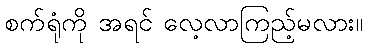
စက်ရုံကို အရင် လေ့လာကြည့်မလား။